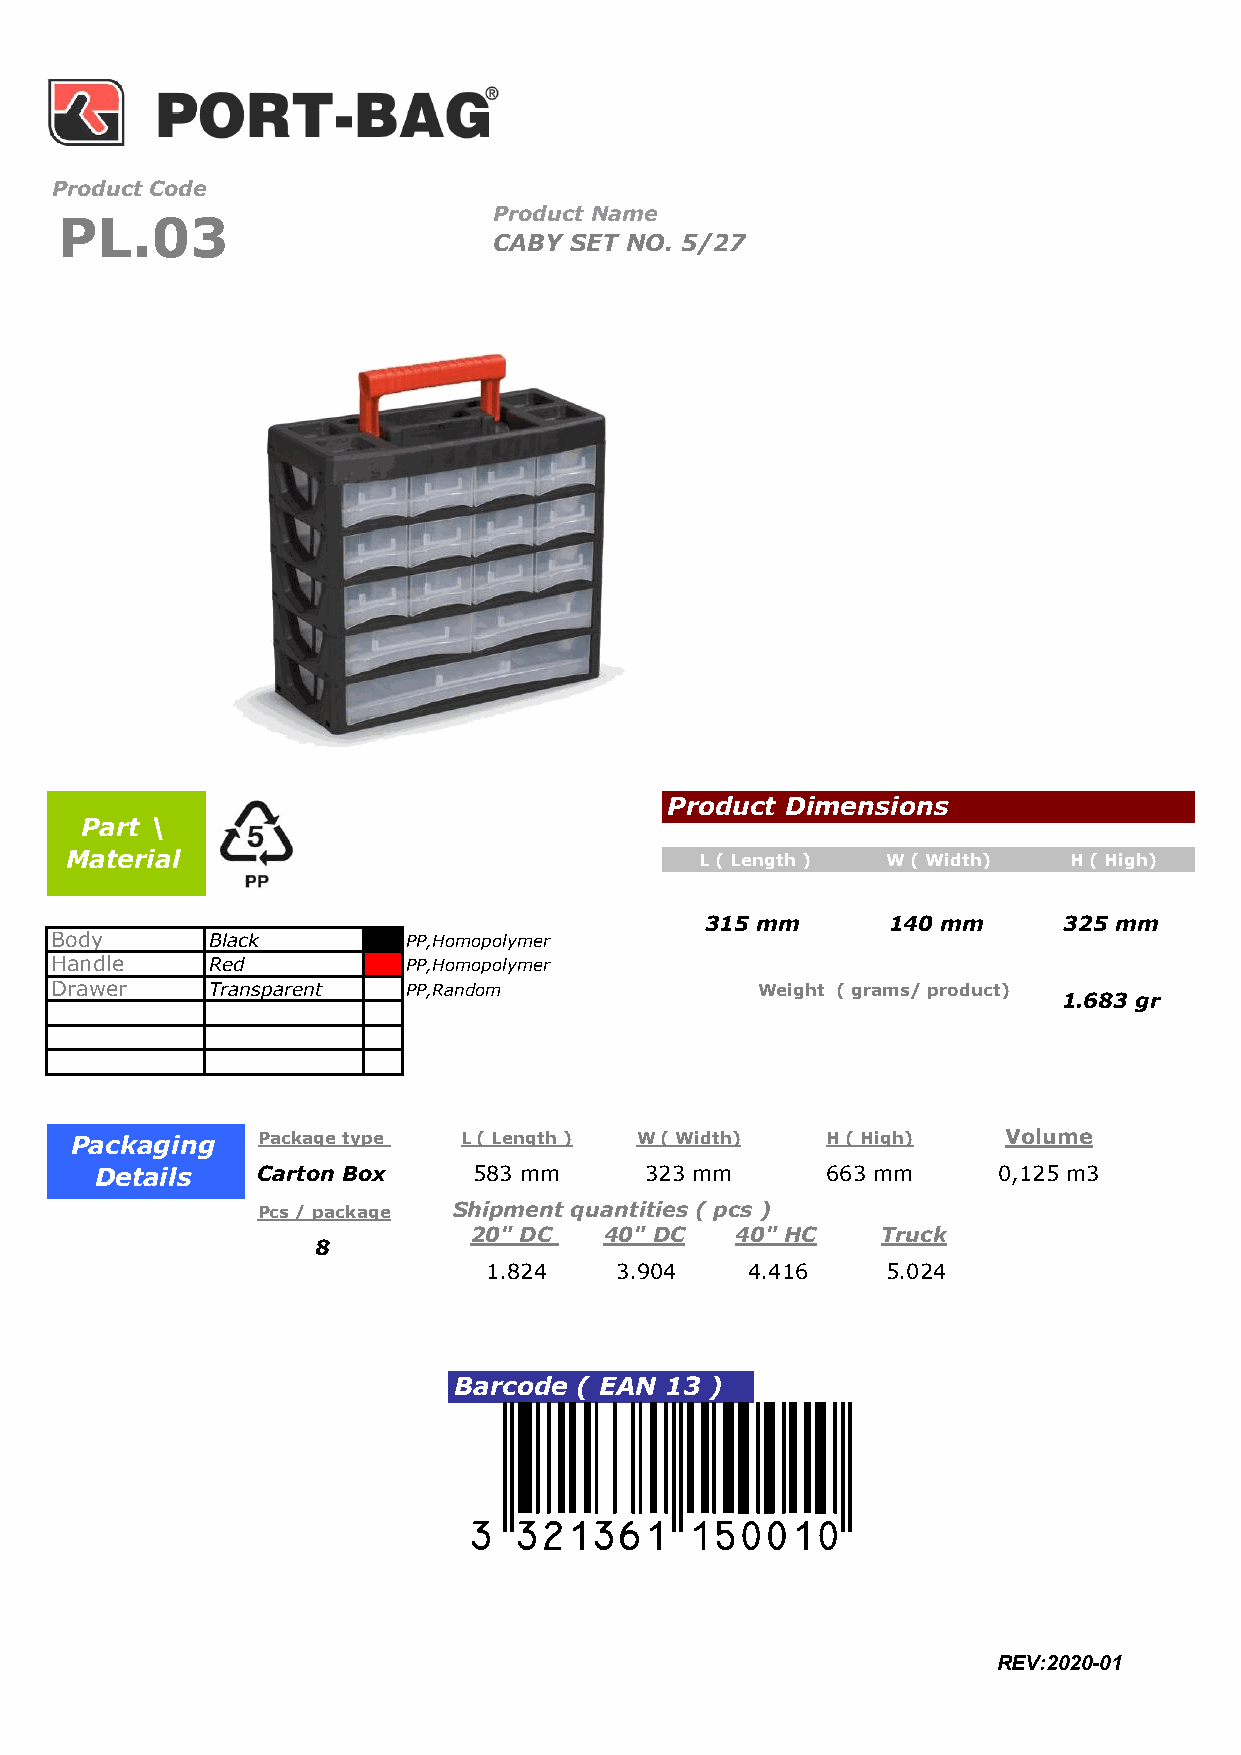
Product Code
 Product Name
 PL.03
 CABY SET NO. 5/27
 Product Dimensions
 Part \
 Material                                  L ( Length ) W ( Width)  H ( High)
 315 mm      140 mm     325 mm
 Body       Black        PP,Homopolymer
 Handle     Red          PP,Homopolymer
 Drawer     Transparent  PP,Random              Weight ( grams/ product)
 1.683 gr
 Packaging   Package type L ( Length ) W ( Width)  H ( High)   Volume
 Details    Carton Box    583 mm      323 mm      663 mm     0,125 m3
 Pcs / package Shipment quantities ( pcs )
 20" DC   40" DC   40" HC   Truck
 8
 1.824    3.904   4.416     5.024
 Barcode ( EAN 13 )
 3DCLNQB*bfaaba+
 REV:2020-01